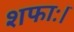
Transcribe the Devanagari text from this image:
शफाः।